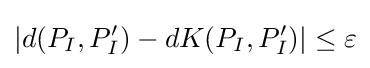
|d(P_{I},P_{I}^{\prime })-dK(P_{I},P_{I}^{\prime })|\leq \varepsilon